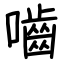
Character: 嚙